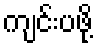
ကျင်းပဖို့